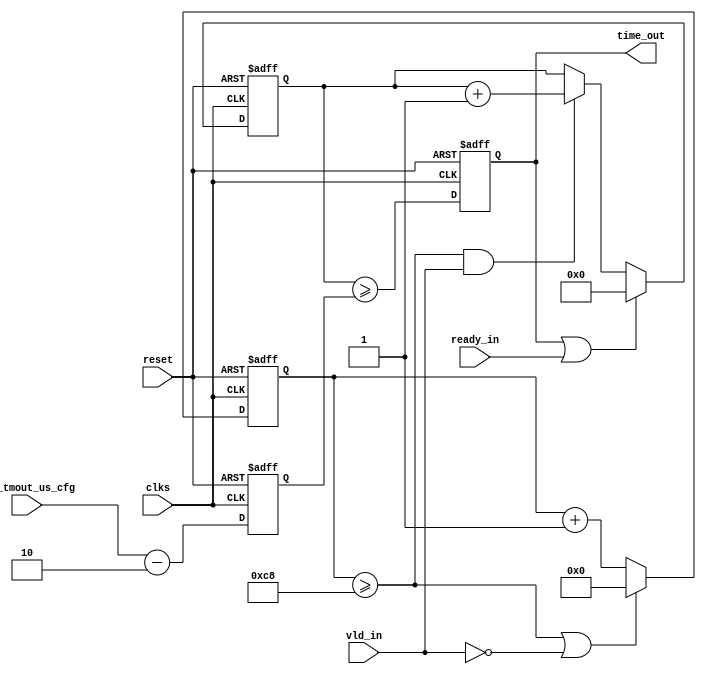
//
//------------------------------------------------------------------------------
//     Copyright (c) 2017 Huawei Technologies Co., Ltd. All Rights Reserved.
//
//     This program is free software; you can redistribute it and/or modify
//     it under the terms of the Huawei Software License (the "License").
//     A copy of the License is located in the "LICENSE" file accompanying 
//     this file.
//
//     This program is distributed in the hope that it will be useful,
//     but WITHOUT ANY WARRANTY; without even the implied warranty of
//     MERCHANTABILITY or FITNESS FOR A PARTICULAR PURPOSE. See the
//     Huawei Software License for more details. 
//------------------------------------------------------------------------------

module  axi_time_out
    (
    input               clks                       ,
    input               reset                      ,
    
    input               vld_in                     ,
    input               ready_in                   ,
    input    [15:0]     reg_tmout_us_cfg           ,
    output   reg        time_out
    );
////////////////////////////////////////////////////////////////////////////////
//  parameter declear
////////////////////////////////////////////////////////////////////////////////
parameter       TIMER_1US_CFG  = 200;
reg             [7:0]    timer_1us_cnt;
reg             [15:0]   timer_us_cnt;
reg             [15:0]   timer_out_cfg;
////////////////////////////////////////////////////////////////////////////////
//  wire and reg declear
////////////////////////////////////////////////////////////////////////////////
reg     [23:0]             reg_1us_cnt;

always @ (posedge clks or posedge reset)
begin
    if (reset == 1'b1) begin
        timer_1us_cnt <= 8'd0;
    end
    else if ((timer_1us_cnt >= TIMER_1US_CFG) || (vld_in == 1'b0)) begin
        timer_1us_cnt <= 8'd0;
    end
    else begin
        timer_1us_cnt <= timer_1us_cnt +  8'd1;
    end
end

always @ (posedge clks or posedge reset)
begin
    if (reset == 1'b1) begin
        timer_out_cfg <= 16'hffff;
    end
    else begin
        timer_out_cfg <= reg_tmout_us_cfg[15:0] - 16'd2;
    end
end

always @ (posedge clks or posedge reset)
begin
    if (reset == 1'b1) begin
        time_out <= 1'd0;
    end
    else begin
        time_out <= (timer_us_cnt >= timer_out_cfg[15:0]);
    end
end

always @ (posedge clks or posedge reset)
begin
    if (reset == 1'b1) begin
        timer_us_cnt <= 16'd0;
    end
    else if ((time_out == 1'b1) || (ready_in == 1'b1)) begin
        timer_us_cnt <= 16'd0;
    end
    else if((timer_1us_cnt  >= TIMER_1US_CFG) && (vld_in == 1'b1)) begin
        timer_us_cnt <= timer_us_cnt + 16'd1;
    end
    else ;
end

endmodule